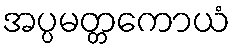
အပ္ပမတ္တကောယံ